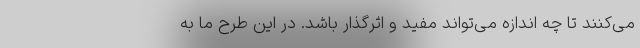
می‌کنند تا چه اندازه می‌تواند مفید و اثرگذار باشد. در این طرح ما به